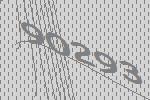
90293